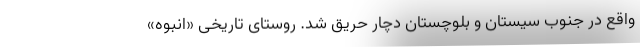
واقع در جنوب سیستان و بلوچستان دچار حریق شد. روستای تاریخی «انبوه»